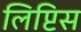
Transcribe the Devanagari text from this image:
लिप्टिस